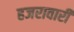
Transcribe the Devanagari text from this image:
हजरावारी